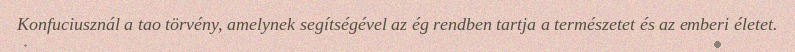
Konfuciusznál a tao törvény, amelynek segítségével az ég rendben tartja a természetet és az emberi életet.